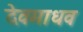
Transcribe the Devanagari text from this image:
देवमाधव